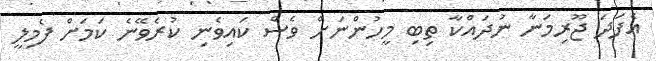
އެފަދަ ޖޫރިމަނާ ނުދައްކާ ތިބި މީހުންނަށް ވެސް ކައިވެނި ކުރެވޭނެ ކަމަށް ފެމިލީ